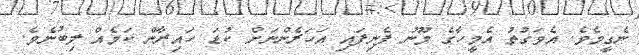
ނެގީމެވެ. އެވަގުތު އެމީހާގެ މޫނު ފެނިފައި އަހަރެންނަށް ކުޑަ ހައިރާން ކަމެއް ލިބުނެވެ.